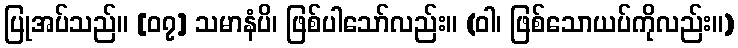
ပြုအပ်သည်။ [၀၇] သမာနံပိ၊ ဖြစ်ပါသော်လည်း။ (ဝါ၊ ဖြစ်သောယပ်ကိုလည်း။)